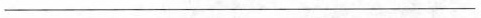
___